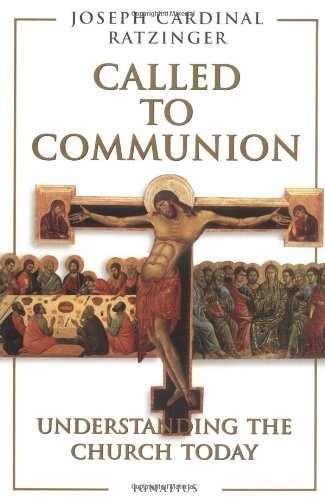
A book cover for Called to Communion: Understanding the Church Today; Benedict XVI; Christian Books & Bibles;